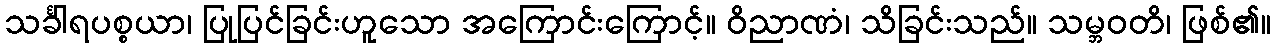
သင်္ခါရပစ္စယာ၊ ပြုပြင်ခြင်းဟူသော အကြောင်းကြောင့်။ ဝိညာဏံ၊ သိခြင်းသည်။ သမ္ဘဝတိ၊ ဖြစ်၏။